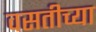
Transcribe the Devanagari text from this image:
वसतीच्या